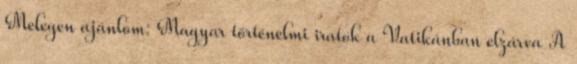
Melegen ajánlom: Magyar történelmi iratok a Vatikánban elzárva A